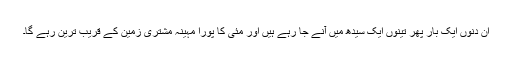
ان دنوں ایک بار پھر تینوں ایک سیدھ میں آنے جا رہے ہیں اور مئی کا پورا مہینہ مشتری زمین کے قریب ترین رہے گا۔